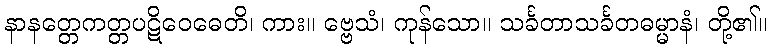
နာနတ္တေကတ္တပဋိဝေဓေတိ၊ ကား။ ဗ္ဗေသံ၊ ကုန်သော။ သင်္ခတာသင်္ခတဓမ္မာနံ၊ တို့၏။